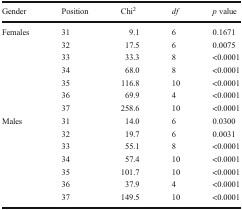
<table><thead><tr><td><b>Gender</b></td><td><b>Position</b></td><td><b>Chi<sup>2</sup></b></td><td><b><i>df</i></b></td><td><b><i>p</i> value</b></td></tr></thead><tbody><tr><td rowspan="7">Females</td><td>31</td><td>9.1</td><td>6</td><td>0.1671</td></tr><tr><td>32</td><td>17.5</td><td>6</td><td>0.0075</td></tr><tr><td>33</td><td>33.3</td><td>8</td><td>&lt;0.0001</td></tr><tr><td>34</td><td>68.0</td><td>8</td><td>&lt;0.0001</td></tr><tr><td>35</td><td>116.8</td><td>10</td><td>&lt;0.0001</td></tr><tr><td>36</td><td>69.9</td><td>4</td><td>&lt;0.0001</td></tr><tr><td>37</td><td>258.6</td><td>10</td><td>&lt;0.0001</td></tr><tr><td rowspan="7">Males</td><td>31</td><td>14.0</td><td>6</td><td>0.0300</td></tr><tr><td>32</td><td>19.7</td><td>6</td><td>0.0031</td></tr><tr><td>33</td><td>55.1</td><td>8</td><td>&lt;0.0001</td></tr><tr><td>34</td><td>57.4</td><td>10</td><td>&lt;0.0001</td></tr><tr><td>35</td><td>101.7</td><td>10</td><td>&lt;0.0001</td></tr><tr><td>36</td><td>37.9</td><td>4</td><td>&lt;0.0001</td></tr><tr><td>37</td><td>149.5</td><td>10</td><td>&lt;0.0001</td></tr></tbody></table>